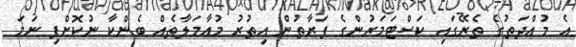
އެ މުއްދަތުގެ ތެރޭގައި ކަސްޓަމަރުންގެ ފަރާތުން އިތުރު މުއާމަލާތެއް ބެންކާ ނުކޮށްފި ނަމަ